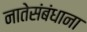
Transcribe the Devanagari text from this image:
नातेसंबंधाना